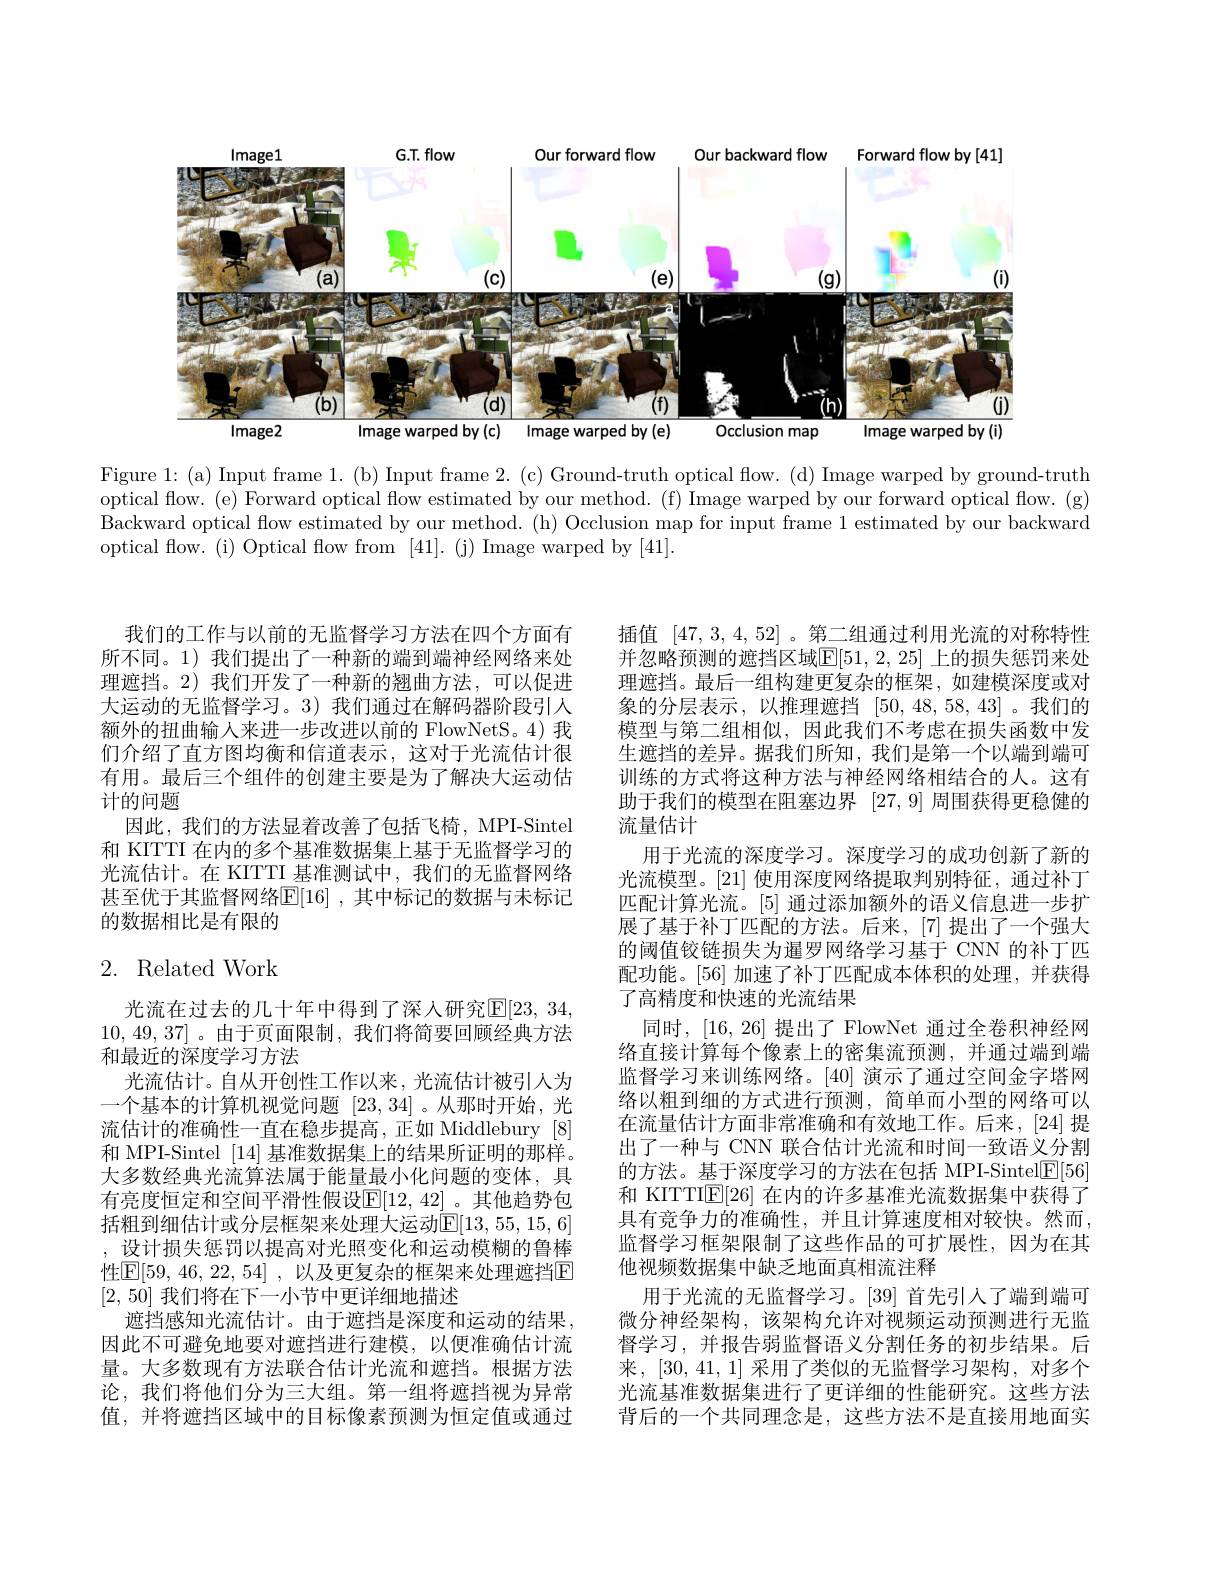
<FigureHere>

Figure 1: (a) Input frame 1. (b) Input frame 2. (c) Ground-truth optical flow. (d) Image warped by ground-truth optical flow. (e) Forward optical flow estimated by our method. (f) Image warped by our forward optical flow. (g) Backward optical flow estimated by our method. (h) Occlusion map for input frame 1 estimated by our backward optical flow. (i) Optical flow from [41]. (j) Image warped by [41].

我们的工作与以前的无监督学习方法在四个方面有所不同。1)我们提出了一种新的端到端神经网络来处理遮挡。2)我们开发了一种新的翘曲方法，可以促进大运动的无监督学习。3)我们通过在解码器阶段引人额外的扭曲输人来进一步改进以前的 FlowNetS。4) 我们介绍了直方图均衡和信道表示，这对于光流估计很有用。最后三个组件的创建主要是为了解决大运动估计的问题
因此，我们的方法显着改善了包括飞椅，MPI-Sintel 和 KITTI 在内的多个基准数据集上基于无监督学习的光流估计。在 KITTI 基准测试中，我们的无监督网络甚至优于其监督网络$\mathbb{E}[16]$ ,其中标记的数据与未标记的数据相比是有限的

## 2. Related Work

光流在过去的几十年中得到了深人研究$\mathbb{E}[23,34$, 10,49,37]。由于页面限制，我们将简要回顾经典方法和最近的深度学习方法
光流估计。自从开创性工作以来，光流估计被引人为一个基本的计算机视觉问题[23,34] 。从那时开始，光流估计的准确性一直在稳步提高，正如 Middlebury [8] 和 MPI-Sintel [14]基准数据集上的结果所证明的那样。大多数经典光流算法属于能量最小化问题的变体，具有亮度恒定和空间平滑性假设$\mathbb{E}[12,42]$ 。其他趋势包括粗到细估计或分层框架来处理大运动$\overline{\mathbb{E}}[13,55,15,6]$ ,设计损失惩罚以提高对光照变化和运动模糊的鲁棒性$\mathbb{E}[59,46,22,54]$,以及更复杂的框架来处理遮挡$\mathbb{E}$ [2, 50]我们将在下一小节中更详细地描述
遮挡感知光流估计。由于遮挡是深度和运动的结果， 因此不可避免地要对遮挡进行建模，以便准确估计流量。大多数现有方法联合估计光流和遮挡。根据方法论，我们将他们分为三大组。第一组将遮挡视为异常值，并将遮挡区域中的目标像素预测为恒定值或通过

插值[47,3,4,52] 。第二组通过利用光流的对称特性并忽略预测的遮挡区域$\mathbb{E}[51,2,25]$ 上的损失惩罚来处理遮挡。最后一组构建更复杂的框架，如建模深度或对象的分层表示，以推理遮挡[50,48,58,43]。我们的模型与第二组相似，因此我们不考虑在损失函数中发生遮挡的差异。据我们所知，我们是第一个以端到端可训练的方式将这种方法与神经网络相结合的人。这有助于我们的模型在阻塞边界[27,9]周围获得更稳健的流量估计
用于光流的深度学习。深度学习的成功创新了新的光流模型。[21]使用深度网络提取判别特征，通过补丁匹配计算光流。[5] 通过添加额外的语义信息进一步扩展了基于补丁匹配的方法。后来，[7]提出了一个强大的阈值铰链损失为暹罗网络学习基于 CNN 的补丁匹配功能。[56] 加速了补丁匹配成本体积的处理，并获得了高精度和快速的光流结果
同时，[16,26]提出了 FlowNet 通过全卷积神经网络直接计算每个像素上的密集流预测，并通过端到端监督学习来训练网络。[40]演示了通过空间金字塔网络以粗到细的方式进行预测，简单而小型的网络可以在流量估计方面非常准确和有效地工作。后来，[24]提出了一种与 CNN 联合估计光流和时间一致语义分割的方法。基于深度学习的方法在包括 MPI-Sintel$\underline{\mathrm{E}}[56]$ 和 KITTI$\underline{\mathrm{E}}[26]$在内的许多基准光流数据集中获得了具有竞争力的准确性，并且计算速度相对较快。然而， 监督学习框架限制了这些作品的可扩展性，因为在其他视频数据集中缺乏地面真相流注释
用于光流的无监督学习。[39] 首先引入了端到端可微分神经架构，该架构允许对视频运动预测进行无监督学习，并报告弱监督语义分割任务的初步结果。后来，[30,41,1]采用了类似的无监督学习架构，对多个光流基准数据集进行了更详细的性能研究。这些方法背后的一个共同理念是，这些方法不是直接用地面实